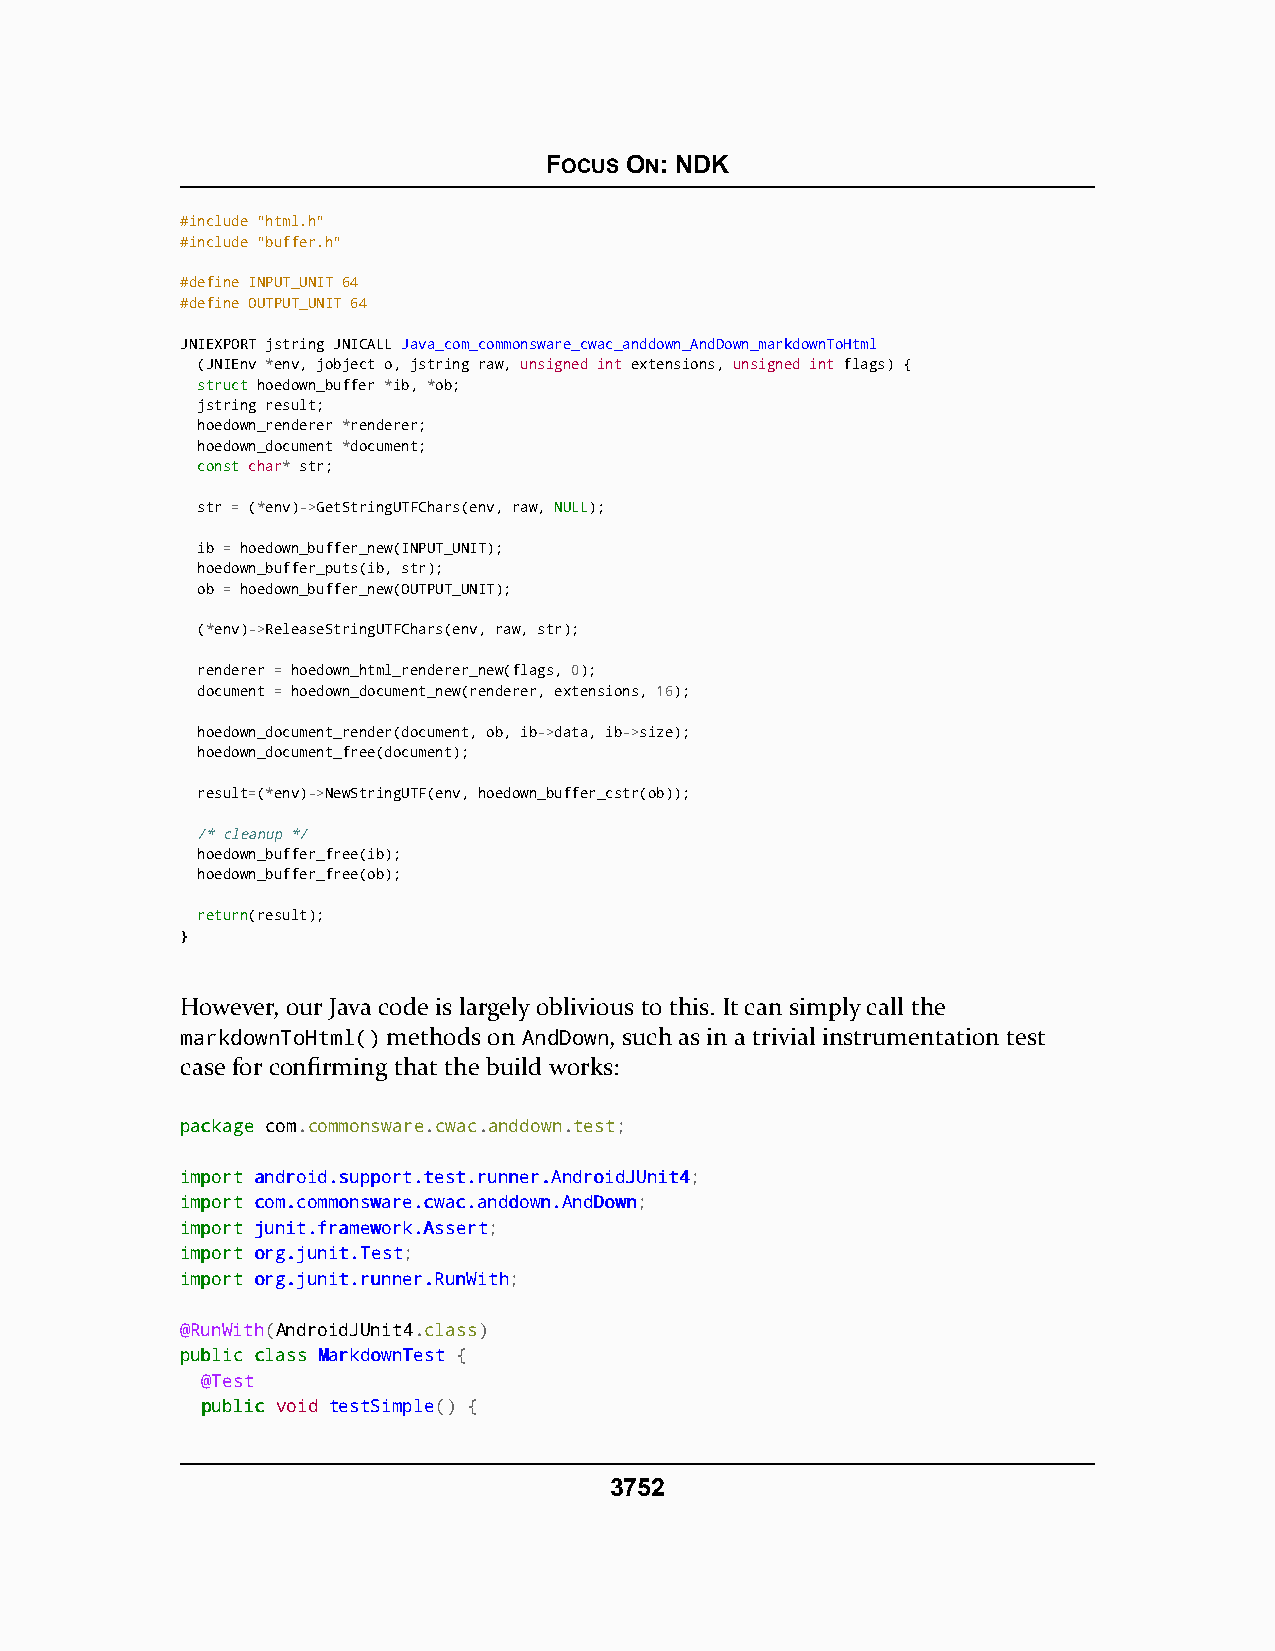
FOCUS ON: NDK
 #include "html.h"
 #include "buffer.h"
 #define INPUT_UNIT 64
 #define OUTPUT_UNIT 64
 JNIEXPORT jstring JNICALL Java_com_commonsware_cwac_anddown_AndDown_markdownToHtml
 (JNIEnv *env, jobject o, jstring raw, unsigned int extensions, unsigned int flags) {
 ssttrruucctt hoedown_buffer *ib, *ob;
 jstring result;
 hoedown_renderer *renderer;
 hoedown_document *document;
 ccoonnsstt char* str;
 str = (*env)->GetStringUTFChars(env, raw, NULL);
 ib = hoedown_buffer_new(INPUT_UNIT);
 hoedown_buffer_puts(ib, str);
 ob = hoedown_buffer_new(OUTPUT_UNIT);
 (*env)->ReleaseStringUTFChars(env, raw, str);
 renderer = hoedown_html_renderer_new(flags, 0);
 document = hoedown_document_new(renderer, extensions, 16);
 hoedown_document_render(document, ob, ib->data, ib->size);
 hoedown_document_free(document);
 result=(*env)->NewStringUTF(env, hoedown_buffer_cstr(ob));
 /* cleanup */
 hoedown_buffer_free(ib);
 hoedown_buffer_free(ob);
 rreettuurrnn(result);
 }
 However, our Java code is largely oblivious to this. It can simply call the
 markdownToHtml() methods on AndDown, such as in a trivial instrumentation test
 case for confirming that the build works:
 ppaacckkaaggee com.commonsware.cwac.anddown.test;
 iimmppoorrtt aannddrrooiidd..ssuuppppoorrtt..tteesstt..rruunnnneerr..AAnnddrrooiiddJJUUnniitt44;
 iimmppoorrtt ccoomm..ccoommmmoonnsswwaarree..ccwwaacc..aannddddoowwnn..AAnnddDDoowwnn;
 iimmppoorrtt jjuunniitt..ffrraammeewwoorrkk..AAsssseerrtt;
 iimmppoorrtt oorrgg..jjuunniitt..TTeesstt;
 iimmppoorrtt oorrgg..jjuunniitt..rruunnnneerr..RRuunnWWiitthh;
 @RunWith(AndroidJUnit4.class)
 ppuubblliicc ccllaassss MMaarrkkddoowwnnTTeesstt {
 @Test
 ppuubblliicc void testSimple() {
 3752